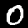
Digit: 0